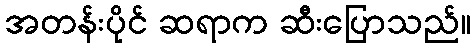
အတန်းပိုင် ဆရာက ဆီးပြောသည်။